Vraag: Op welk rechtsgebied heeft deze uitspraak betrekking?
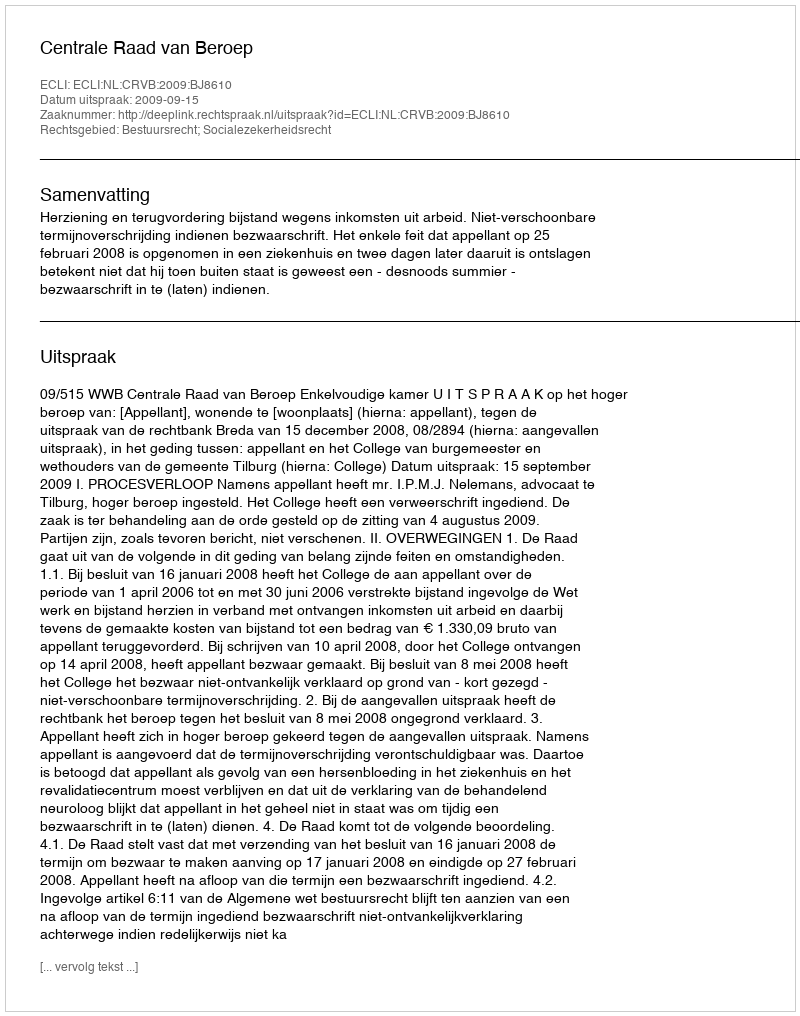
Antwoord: Bestuursrecht; Socialezekerheidsrecht